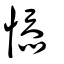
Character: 悿